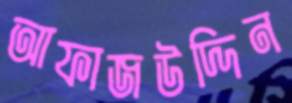
আফাজউদ্দিন